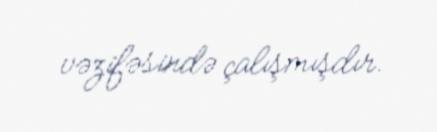
vəzifəsində çalışmışdır.